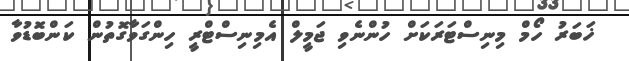
ޚަބަރު ހޯމް މިނިސްޓަރަކަށް ހުންނެވި ޖަމީލް އެމިނިސްޓްރީ ހިންގަވާގޮތުން ކަންބޮޑުވާ